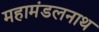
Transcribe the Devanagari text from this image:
महामंडलनाथ